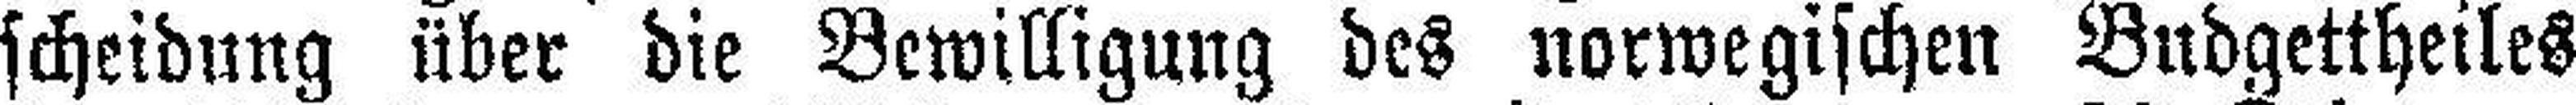
scheidung über die Bewilligung des norwegischen Budgettheiles